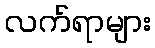
လက်ရာများ